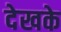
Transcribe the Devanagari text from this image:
देखके